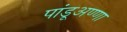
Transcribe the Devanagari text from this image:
पांडूअण्णा